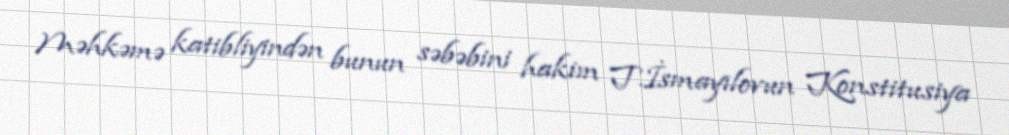
Məhkəmə katibliyindən bunun səbəbini hakim T.İsmayılovun Konstitusiya